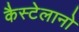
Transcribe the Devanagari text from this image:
कैस्टेलानो